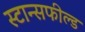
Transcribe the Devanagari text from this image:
स्टान्सफील्ड